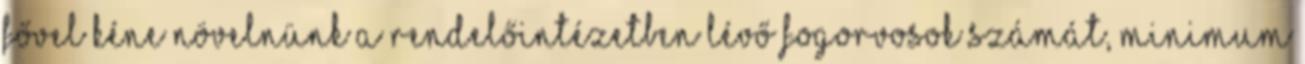
fővel kéne növelnünk a rendelőintézetben lévő fogorvosok számát, minimum